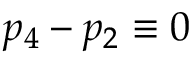
p _ { 4 } - p _ { 2 } \equiv 0